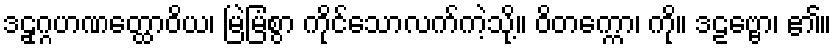
ဒဠှဂ္ဂဟဏတ္ထောဝိယ၊ မြဲမြံစွာ ကိုင်သောလက်ကဲ့သို့။ ဝိတက္ကော၊ ကို။ ဒဠဗ္ဗော၊ ၏။